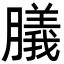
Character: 𦡫